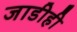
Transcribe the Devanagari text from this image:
जाडीही